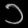
Digit: ၁